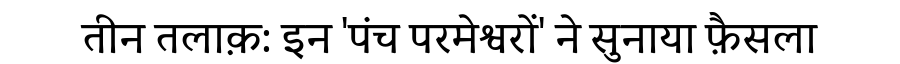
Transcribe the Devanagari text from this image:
तीन तलाक़: इन 'पंच परमेश्वरों' ने सुनाया फ़ैसला